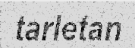
tarletan